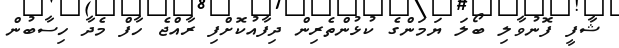
ޝާފީ ފޮނުވާލި ބޯލަ ޔަމަންގެ ކުޅުންތެރިން ދިފާއުކޮށްފި ރާއްޖެ ހާފް މެދާ ހިސާބުން